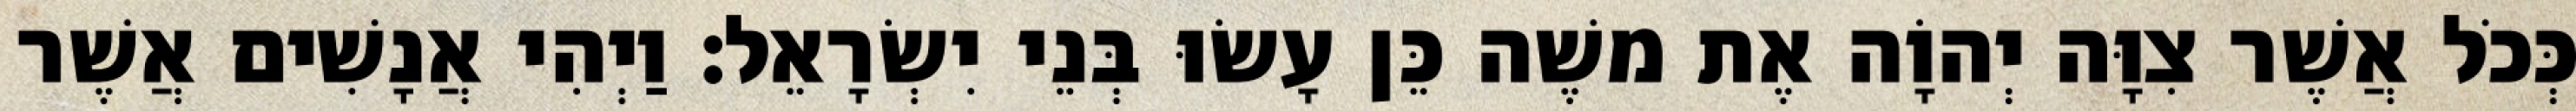
כְּכֹל אֲשֶׁר צִוָּה יְהוָֹה אֶת משֶׁה כֵּן עָשׂוּ בְּנֵי יִשְׂרָאֵל׃ וַיְהִי אֲנָשִׁים אֲשֶׁר